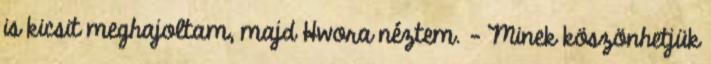
is kicsit meghajoltam, majd Hwora néztem. - Minek köszönhetjük